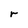
Character: r